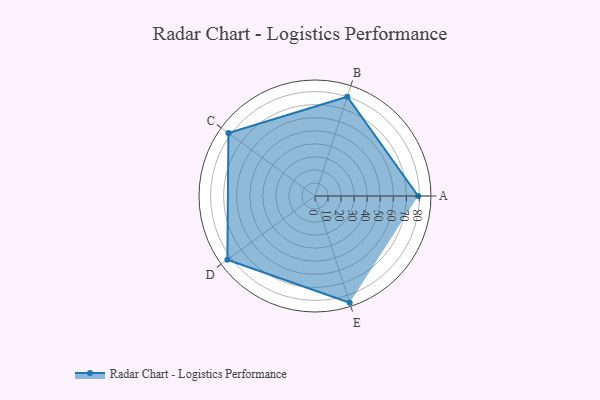
{"axis": {"x": "Skill", "y": "Score"}, "legend": ["Profile"], "data": [{"x": "A", "y": 79.0, "type": "Profile"}, {"x": "B", "y": 80.0, "type": "Profile"}, {"x": "C", "y": 82.0, "type": "Profile"}, {"x": "D", "y": 83.0, "type": "Profile"}, {"x": "E", "y": 86.0, "type": "Profile"}]}